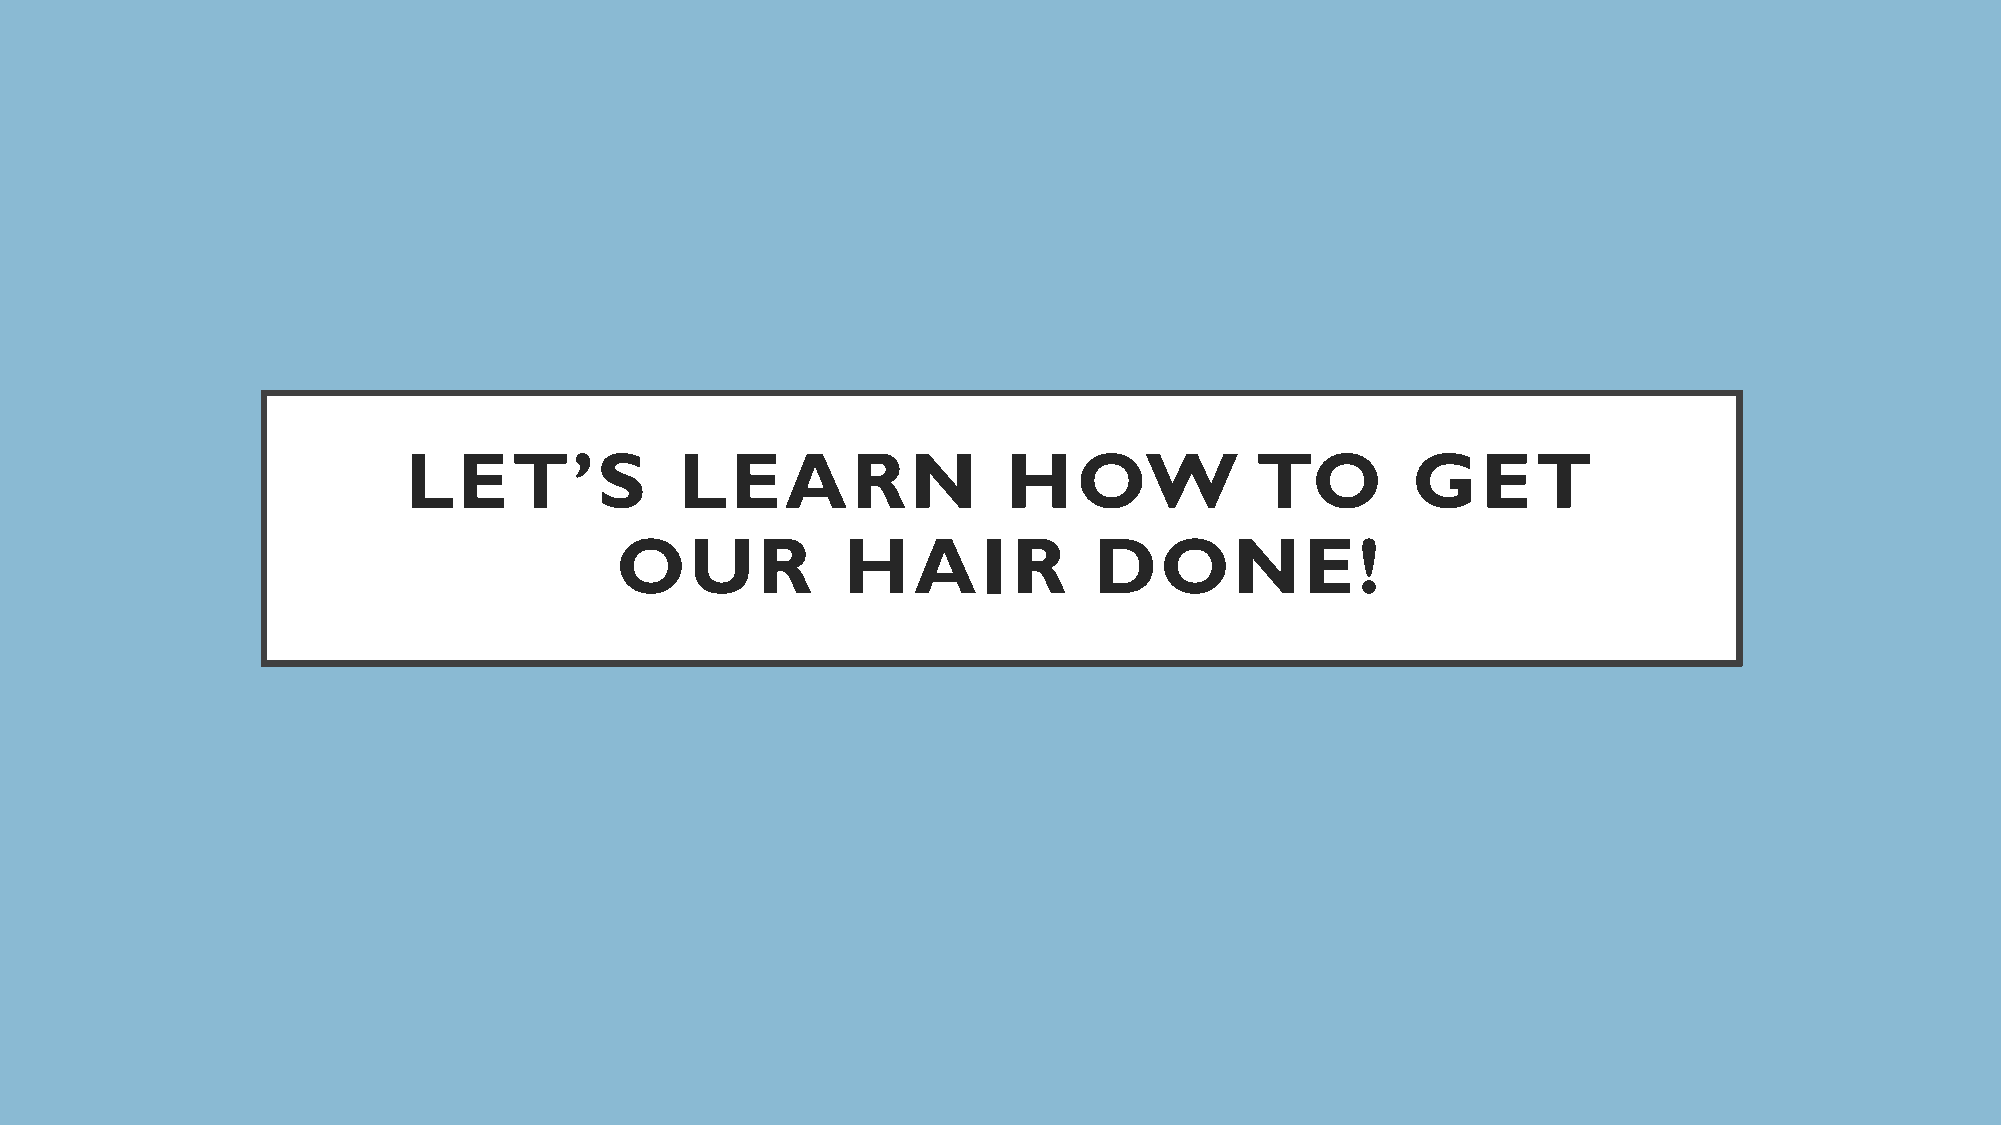
LET’S             LEARN                 HOW             TO        GET
 OUR            HAIR            DONE!